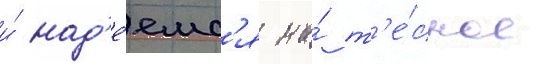
и́ над'е́емс'я на́ т'е́сное